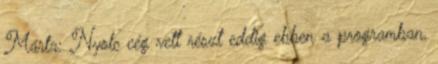
Márta: Nyolc cég vett részt eddig ebben a programban,